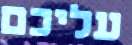
עליכם